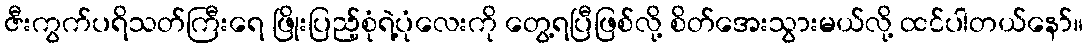
ဇီးကွက်ပရိသတ်ကြီးရေ ဖြိုးပြည့်စုံရဲ့ပုံလေးကို တွေ့ရပြီဖြစ်လို့ စိတ်အေးသွားမယ်လို့ ထင်ပါတယ်နော်။